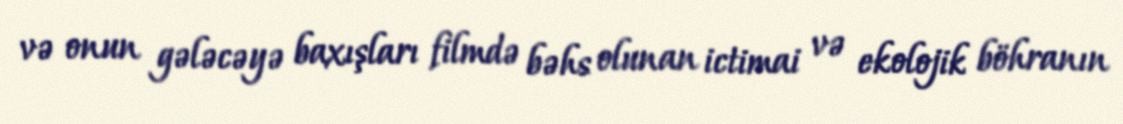
və onun gələcəyə baxışları filmdə bəhs olunan ictimai və ekolojik böhranın